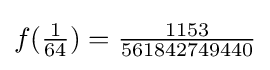
f({\tfrac {1}{64}})={\tfrac {1153}{561842749440}}